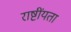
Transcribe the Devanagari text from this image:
राष्टींयता